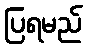
ပြရမည်